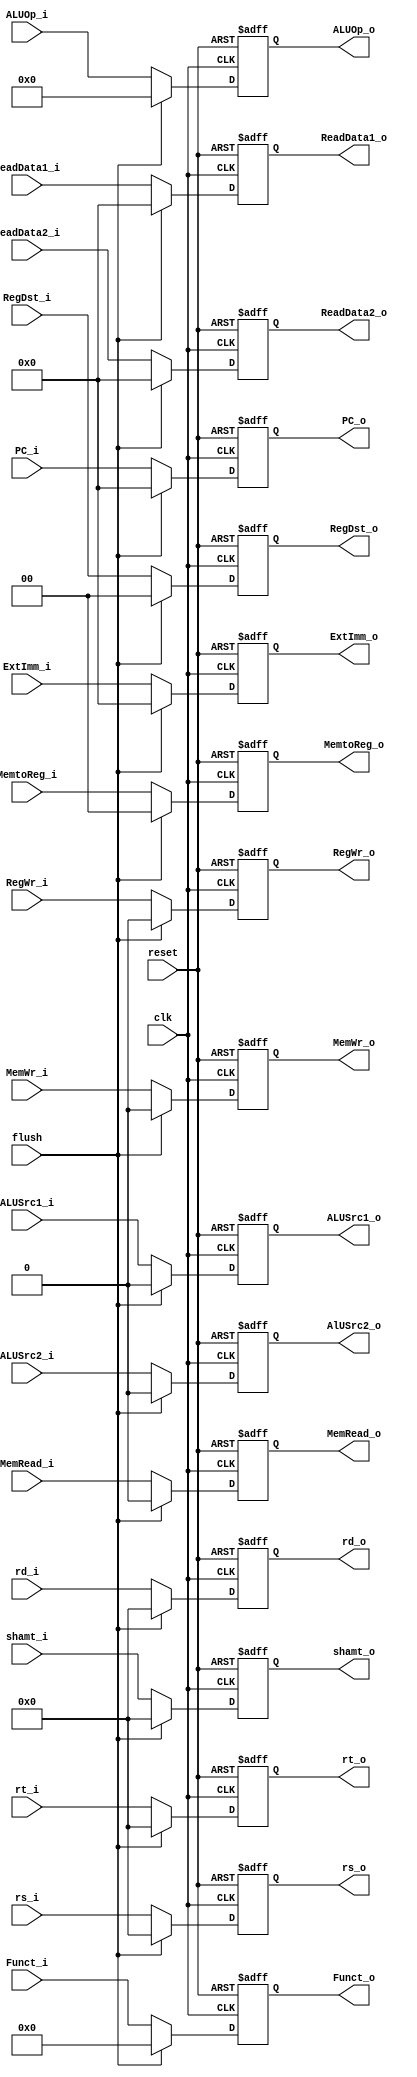
`timescale 1ns / 1ps
//////////////////////////////////////////////////////////////////////////////////
// Company: 
// Engineer: 
// 
// Design Name: 
// Module Name: ID_EX
// Project Name: 
// Target Devices: 
// Tool Versions: 
// Description: 
// 
// Dependencies: 
// 
// Revision:
// Revision 0.01 - File Created
// Additional Comments:
// 
//////////////////////////////////////////////////////////////////////////////////


module ID_EX(
//input
        input clk,     
        input reset,   
        input flush,      
        //ControlUnitOutput
        input RegWr_i,         
        input ALUSrc1_i,       
        input ALUSrc2_i,       
        input [2 -1:0] RegDst_i,      
        //.Branch_i         (RF_Branch),
        input MemRead_i,     
        input MemWr_i,        
        input [2 -1:0] MemtoReg_i,       
        input [4 -1:0] ALUOp_i,          
        //RFData&InstruntionData
        input [32 -1:0] ReadData1_i,   
        input [32 -1:0] ReadData2_i,      
        input [32 -1:0] ExtImm_i,        
        input [5 -1:0] rt_i,            
        input [5 -1:0] rd_i,             
        input [5 -1:0] rs_i,//for Forward             
        input [5 -1:0] shamt_i,          
        input [6 -1:0] Funct_i,          
        input [32 -1:0] PC_i,           //for jal
//output
        output reg RegWr_o,         
        output reg ALUSrc1_o,        
        output reg AlUSrc2_o,       
        output reg [2 -1:0] RegDst_o,         
        //.Branch_o         (),
        output reg MemRead_o,        
        output reg MemWr_o,          
        output reg [2 -1:0] MemtoReg_o,    
        output reg [4 -1:0] ALUOp_o,        
        output reg [32 -1:0] ReadData1_o, 
        output reg [32 -1:0] ReadData2_o,      
        output reg [32 -1:0] ExtImm_o,      
        output reg [5 -1:0] rt_o,             
        output reg [5 -1:0] rd_o,            
        output reg [5 -1:0] rs_o,          
        output reg [5 -1:0] shamt_o,          
        output reg [6 -1:0] Funct_o,          
        output reg [32 -1:0] PC_o            
    );
    
    always @(posedge reset or posedge clk) begin
        if(reset) begin
            RegWr_o <= 1'b0;         
            ALUSrc1_o <= 1'b0;        
            AlUSrc2_o <= 1'b0;      
            RegDst_o <= 2'b00;         
            //.Branch_o         (),
            MemRead_o <= 1'b0;        
            MemWr_o <= 1'b0;          
            MemtoReg_o <= 2'b00;    
            ALUOp_o <= 4'b0000;        
            ReadData1_o <= 32'h00000000; 
            ReadData2_o <= 32'h00000000;      
            ExtImm_o <= 32'h00000000;      
            rt_o <= 5'b00000;             
            rd_o <= 5'b00000;            
            rs_o <= 5'b00000;          
            shamt_o <= 5'b00000;          
            Funct_o <=6'h00;          
            PC_o <= 32'h00000000;
        end
        else if (flush) begin
            RegWr_o <= 1'b0;         
            ALUSrc1_o <= 1'b0;        
             AlUSrc2_o <= 1'b0;      
            RegDst_o <= 2'b00;         
            //.Branch_o         (),
            MemRead_o <= 1'b0;        
            MemWr_o <= 1'b0;          
            MemtoReg_o <= 2'b00;    
            ALUOp_o <= 4'b0000;        
            ReadData1_o <= 32'h00000000; 
            ReadData2_o <= 32'h00000000;      
            ExtImm_o <= 32'h00000000;      
            rt_o <= 5'b00000;             
            rd_o <= 5'b00000;            
            rs_o <= 5'b00000;          
            shamt_o <= 5'b00000;          
            Funct_o <=6'h00;          
            PC_o <= 32'h00000000;
        end
        else begin
            RegWr_o <= RegWr_i;         
            ALUSrc1_o <= ALUSrc1_i;        
            AlUSrc2_o <= ALUSrc2_i;      
             RegDst_o <= RegDst_i;         
            //.Branch_o         (),
            MemRead_o <= MemRead_i;        
            MemWr_o <= MemWr_i;          
            MemtoReg_o <= MemtoReg_i;    
            ALUOp_o <= ALUOp_i;        
            ReadData1_o <= ReadData1_i; 
            ReadData2_o <= ReadData2_i;      
            ExtImm_o <= ExtImm_i;      
            rt_o <= rt_i;             
            rd_o <= rd_i;            
            rs_o <= rs_i;          
            shamt_o <= shamt_i;          
            Funct_o <= Funct_i;          
            PC_o <= PC_i;
        end
    end
    
endmodule